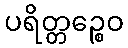
ပရိတ္တဉ္စေဝ